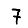
Digit: 7